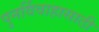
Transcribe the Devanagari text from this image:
पुनर्विवाहासाठी